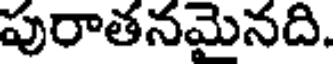
పురాతనమైనది.